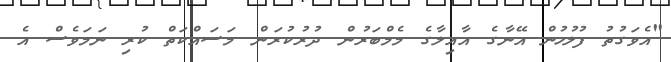
"އެވަގުތު ފުލުހުން އޭނާގެ އާއިލާގެ މެމްބަރުން ދުރުކުރަން މަސައްކަތް ކުރި ނަމަވެސް އެ